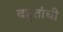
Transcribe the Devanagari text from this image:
बहुतांची